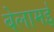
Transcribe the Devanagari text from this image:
बेलामई